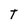
Character: t